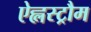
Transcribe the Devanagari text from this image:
ऐह्लस्ट्रौम